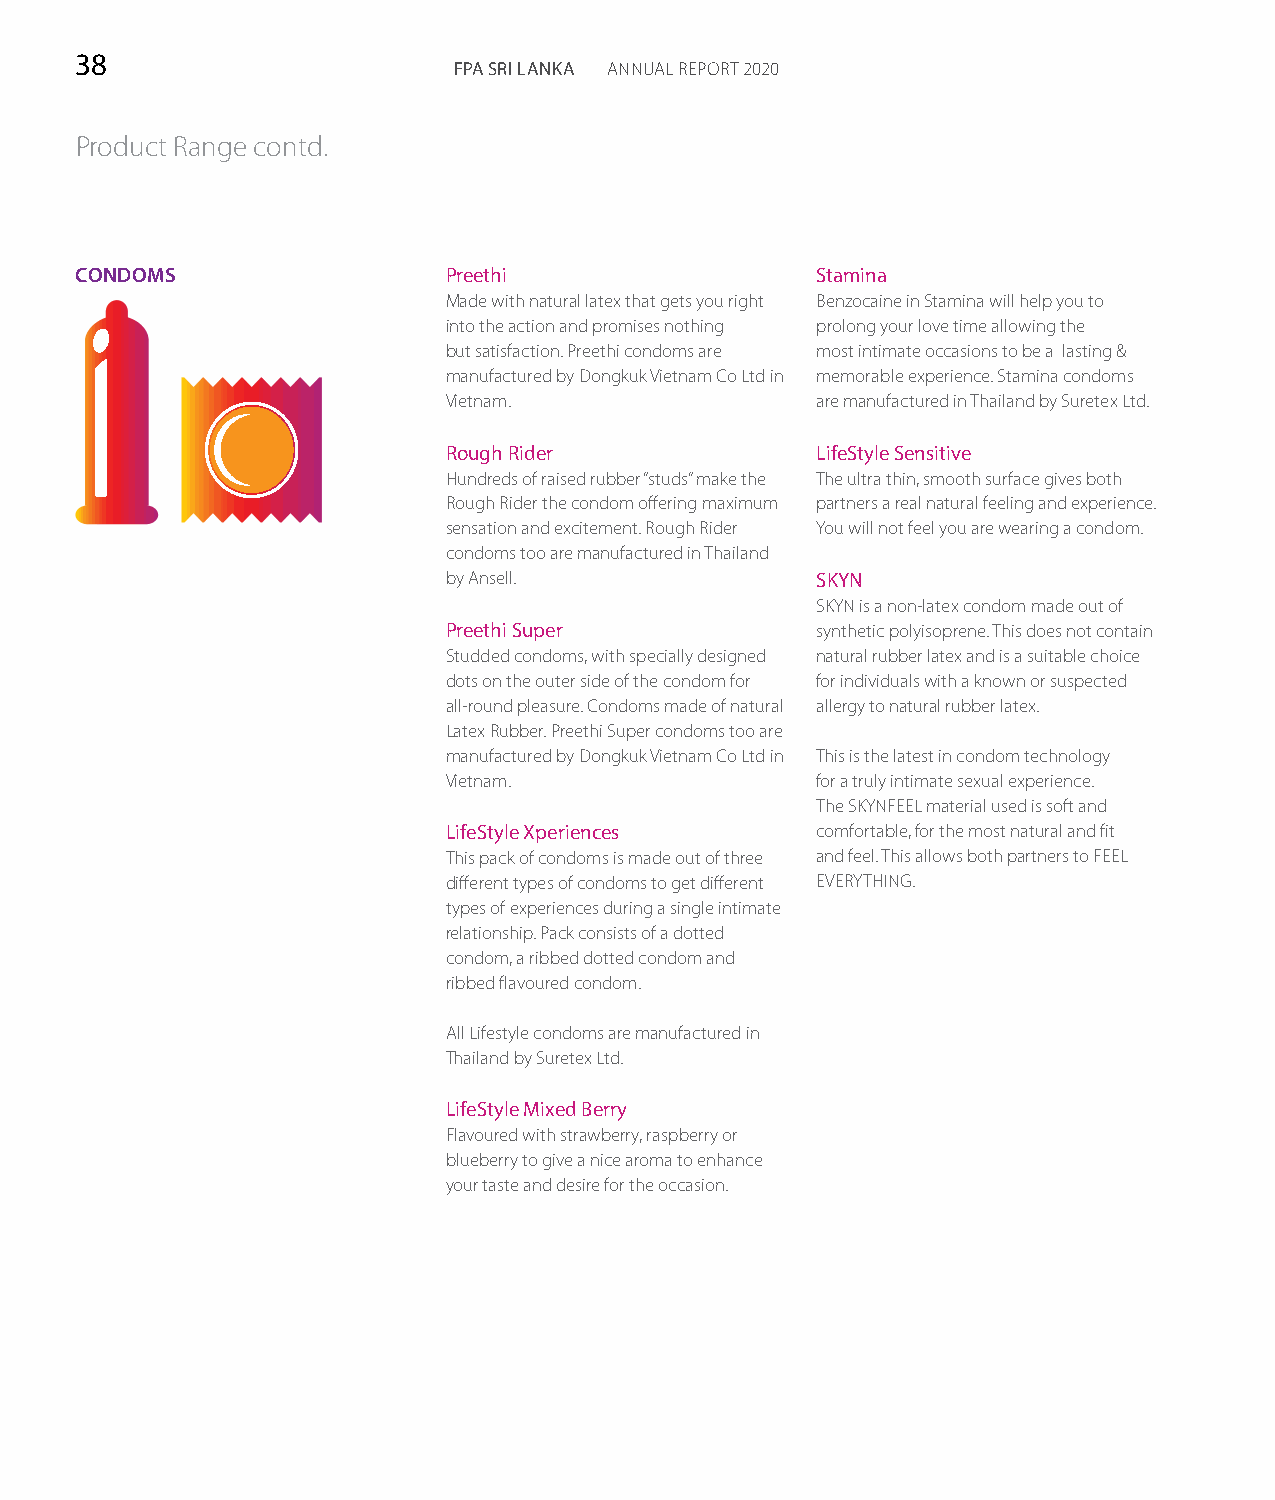
38
 FPA SRI LANKA ANNUAL REPORT 2020
 Product Range contd.
 CONDOMS                  Preethi                 Stamina
 Made with natural latex that gets you right Benzocaine in Stamina will help you to
 into the action and promises nothing prolong your love time allowing the
 but satisfaction. Preethi condoms are most intimate occasions to be a lasting &
 manufactured by Dongkuk Vietnam Co Ltd in memorable experience. Stamina condoms
 Vietnam.                are manufactured in Thailand by Suretex Ltd.
 Rough Rider             LifeStyle Sensitive
 Hundreds of raised rubber “studs” make the The ultra thin, smooth surface gives both
 Rough Rider the condom offering maximum partners a real natural feeling and experience.
 sensation and excitement. Rough Rider You will not feel you are wearing a condom.
 condoms too are manufactured in Thailand
 by Ansell.              SKYN
 SKYN is a non-latex condom made out of
 Preethi Super           synthetic polyisoprene. This does not contain
 Studded condoms, with specially designed natural rubber latex and is a suitable choice
 dots on the outer side of the condom for for individuals with a known or suspected
 all-round pleasure. Condoms made of natural allergy to natural rubber latex.
 Latex Rubber. Preethi Super condoms too are
 manufactured by Dongkuk Vietnam Co Ltd in This is the latest in condom technology
 Vietnam.                for a truly intimate sexual experience.
 The SKYNFEEL material used is soft and
 LifeStyle Xperiences    comfortable, for the most natural and fit
 This pack of condoms is made out of three and feel. This allows both partners to FEEL
 different types of condoms to get different EVERYTHING.
 types of experiences during a single intimate
 relationship. Pack consists of a dotted
 condom, a ribbed dotted condom and
 ribbed flavoured condom.
 All Lifestyle condoms are manufactured in
 Thailand by Suretex Ltd.
 LifeStyle Mixed Berry
 Flavoured with strawberry, raspberry or
 blueberry to give a nice aroma to enhance
 your taste and desire for the occasion.